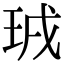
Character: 珬